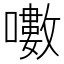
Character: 𡂡